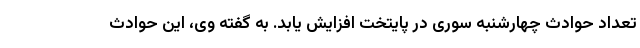
تعداد حوادث چهارشنبه سوری در پایتخت افزایش یابد. به گفته وی، این حوادث